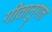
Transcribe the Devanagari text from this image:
गीतानुगत